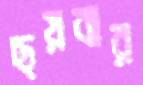
ছয়বার